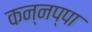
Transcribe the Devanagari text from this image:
कन्नप्पा